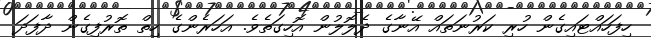
ހިފަހައްޓައިގެން ހުރި ކަރުނަތައް އޭނާގެ ދެލޮލުން އޮހިގަތެވެ. އަހަރެންގެ ހިތް ތޮރުފިގެން ދާފަދަ